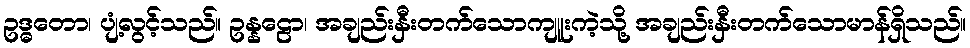
ဥဒ္ဓတော၊ ပျံ့လွင့်သည်။ ဥန္နဠော၊ အချည်းနှီးတက်သောကျူးကဲ့သို့ အချည်းနှီးတက်သောမာန်ရှိသည်။